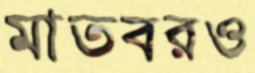
মাতবরও